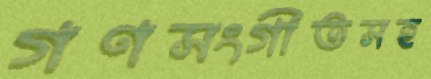
গণসংগীতসহ